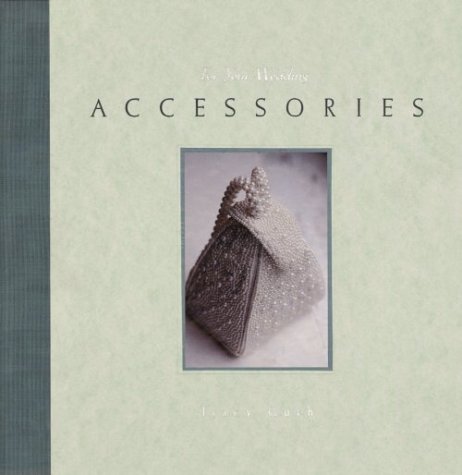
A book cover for Accessories (For Your Wedding); Tracy Guth; Crafts, Hobbies & Home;